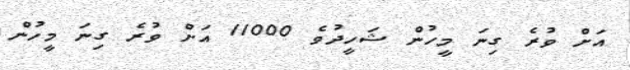
އަށް ވުރެ ގިނަ މީހުން ޝަހީދުވެ 11000 އަށް ވުރެ ގިނަ މީހުން